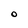
Character: O